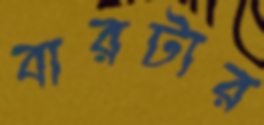
বারটার